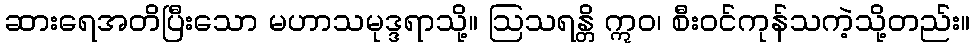
ဆားရေအတိပြီးသော မဟာသမုဒ္ဒရာသို့။ ဩသရန္တိ ဣဝ၊ စီးဝင်ကုန်သကဲ့သို့တည်း။